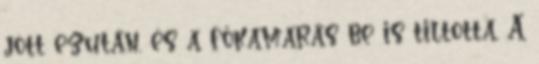
jött ezután, és a főkamarás be is tiltotta. A